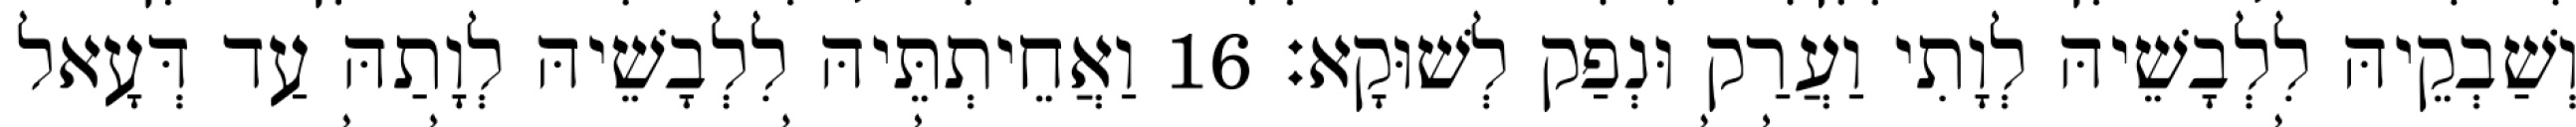
וְשַׁבְקֵיהּ לִלְבָשֵׁיהּ לְוָתִי וַעֲרַק וּנְפַק לְשׁוּקָא׃ 16 וַאֲחֵיתְתֵּיהּ לִלְבָשֵׁיהּ לְוָתַהּ עַד דְּעָאל